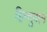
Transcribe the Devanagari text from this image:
हिन्दुवान